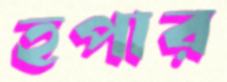
হপার